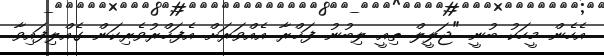
އެހެން މީހަކު ބުނީ "ޖަލީލް ތިއީ ލިބުނު ފަޚްރާ އެއްވަރަށް އެފަޚްރުވެރިކަން ގެއްލިފައިވާ